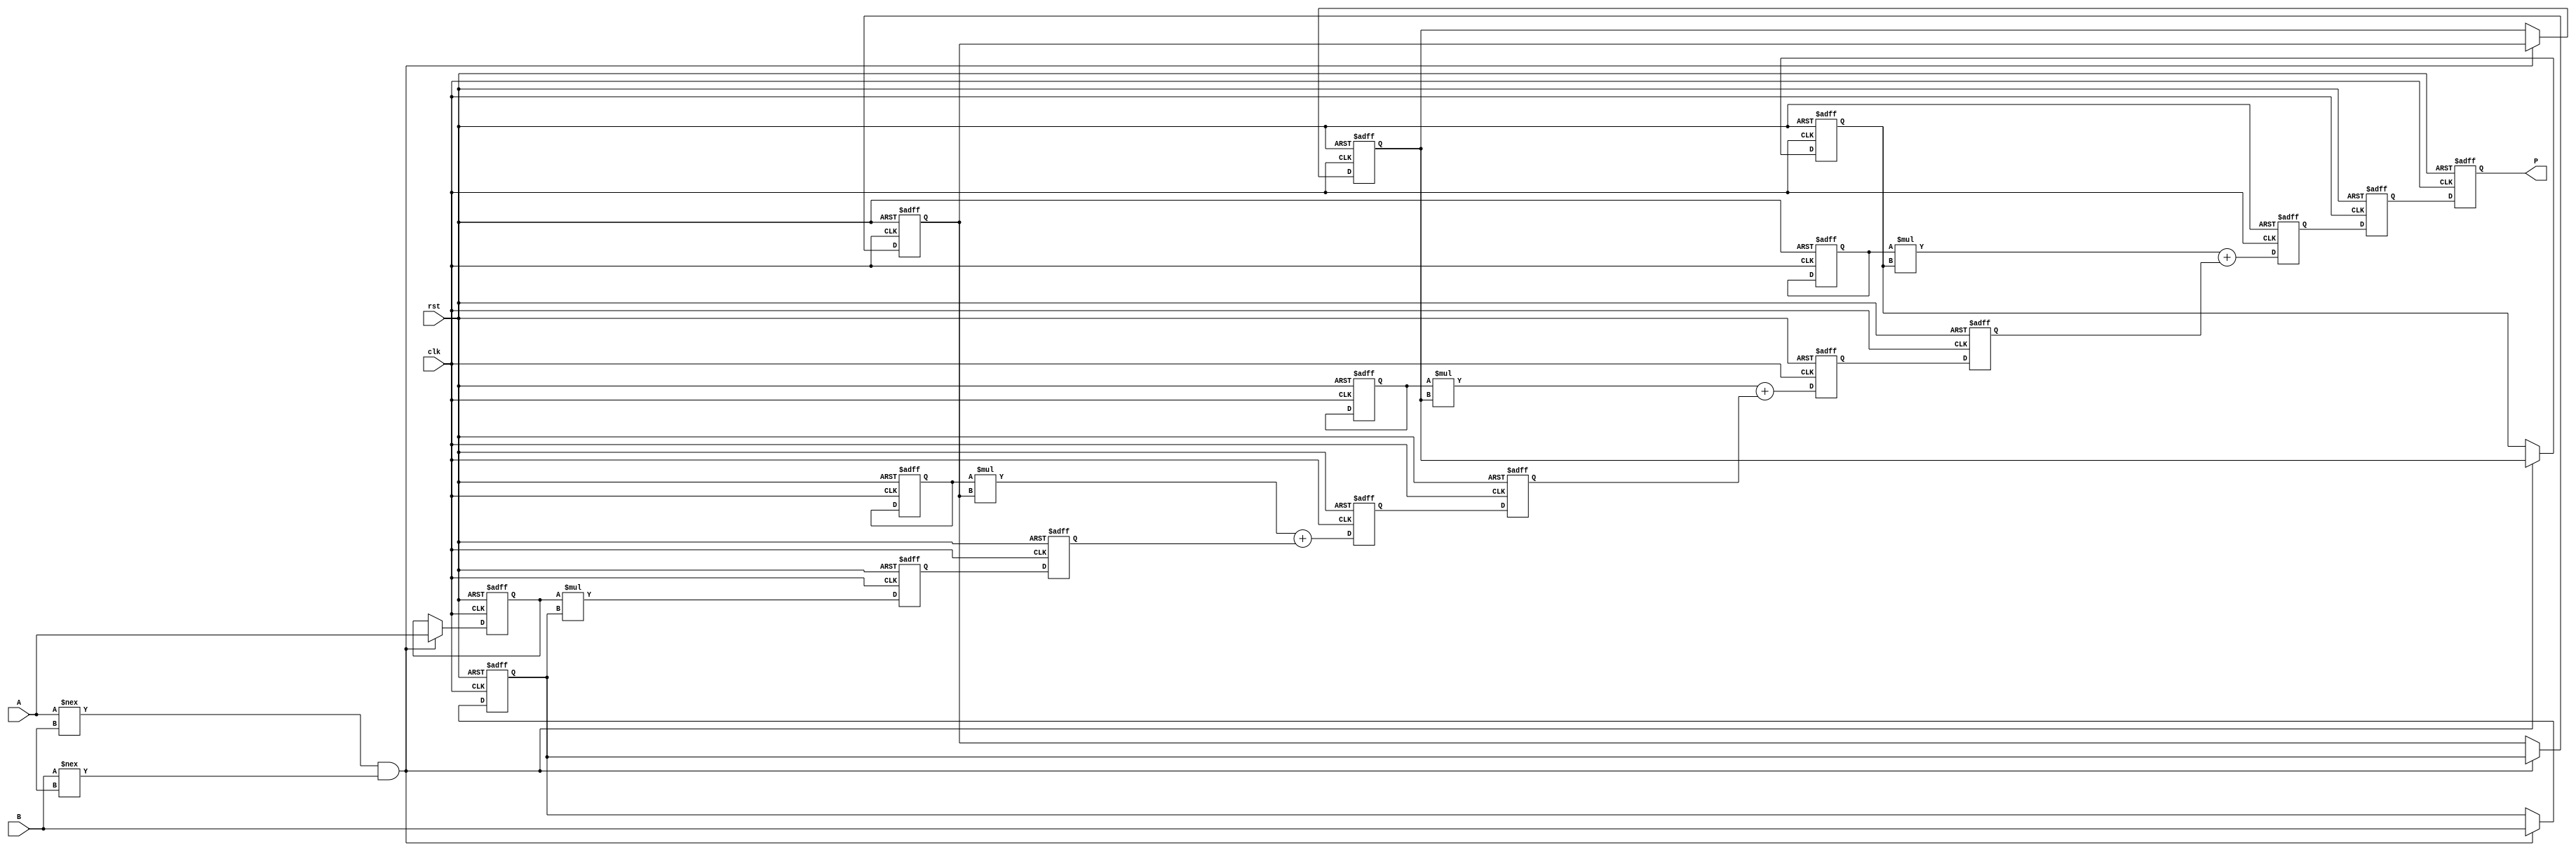
module systolic_multiplier (
    input clk,
    input rst,
    input [3:0] A, // Multiplicand
    input [3:0] B, // Multiplier
    output reg [7:0] P // Product
);

    // Processing Elements (PEs)
    reg [3:0] pe_a[3:0]; // Inputs from A
    reg [3:0] pe_b[3:0]; // Inputs from B
    reg [7:0] pe_p[3:0]; // Partial products
    reg [7:0] sum[3:0]; // Accumulated sums

    integer i, j;

    // Initialize processing elements and output
    always @(posedge clk or posedge rst) begin
        if (rst) begin
            P <= 8'b0;
            for (i = 0; i < 4; i = i + 1) begin
                pe_a[i] <= 4'b0;
                pe_b[i] <= 4'b0;
                pe_p[i] <= 8'b0;
                sum[i] <= 8'b0;
            end
        end else begin
            // Load inputs into the first stage of PEs
            if (A !== 4'bx && B !== 4'bx) begin
                pe_a[0] <= A; // Load A into the first PE
                for (j = 0; j < 4; j = j + 1) begin
                    pe_b[j] <= (j == 0) ? B : pe_b[j-1]; // Shift B through PEs
                end
            end

            // Perform multiplication and summation in PEs
            for (i = 0; i < 4; i = i + 1) begin
                if (i == 0) begin
                    pe_p[i] <= pe_a[i] * pe_b[i]; // First PE multiplication
                end else begin
                    pe_p[i] <= pe_a[i] * pe_b[i] + sum[i-1]; // Accumulate partial products
                end
                sum[i] <= pe_p[i]; // Store result for the next stage
            end

            // Collect final product
            P <= sum[3]; // Output the final sum from the last PE
        end
    end

endmodule